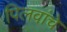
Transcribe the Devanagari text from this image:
पिलवांचे